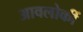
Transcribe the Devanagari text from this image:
आवलोकीं